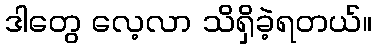
ဒါတွေ လေ့လာ သိရှိခဲ့ရတယ်။